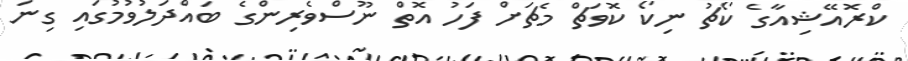
ކްރޮއޭޝިއާގެ ކޯޗު ނިކޯ ކޮވަޗް މެޗަށް ފަހު އޮތް ނޫސްވެރިންގެ ބައްދަލުވުމުގައި ގިނަ